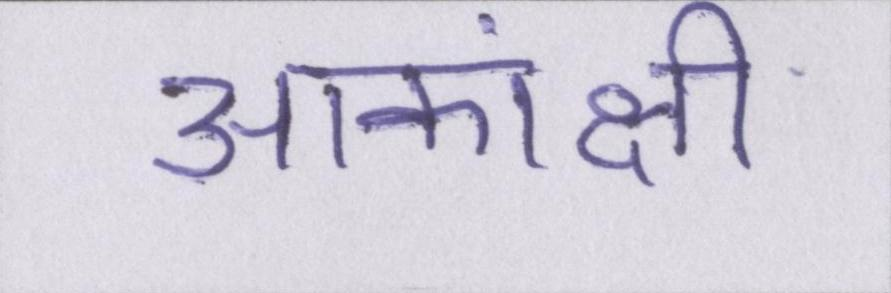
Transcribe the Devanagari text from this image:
आकांक्षी